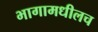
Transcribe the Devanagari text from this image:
भागामधीलच